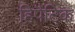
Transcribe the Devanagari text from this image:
हिपैटिक